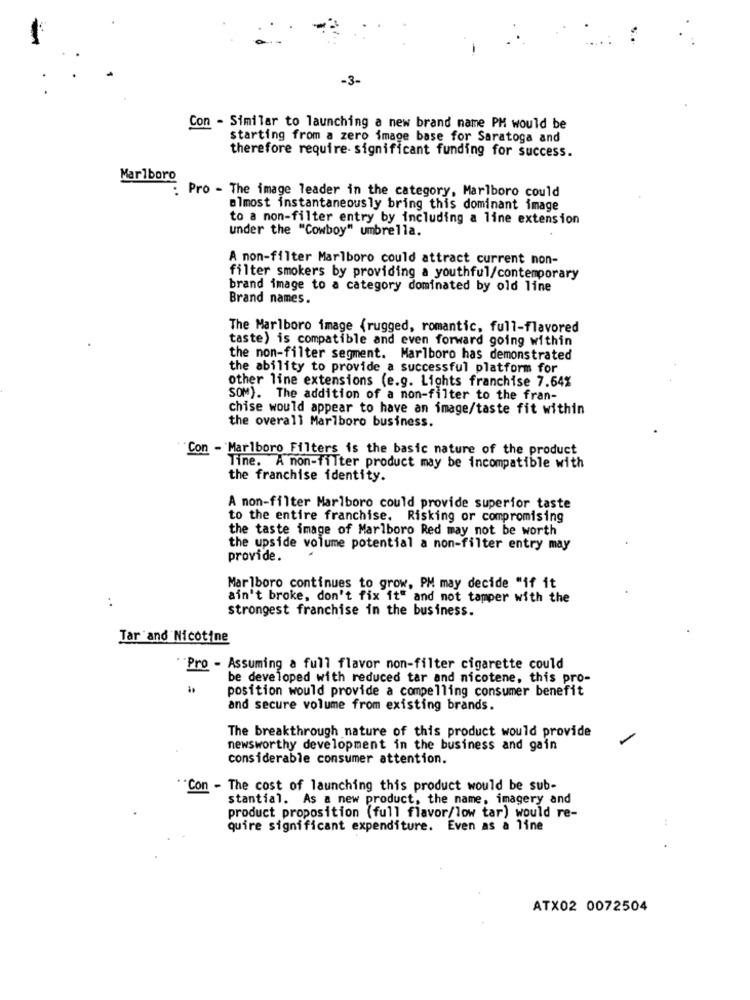
-3-
Con - Similar to launching a new brand name PM would be
starting from a zero image base for Saratoga and
therefore require- significant funding for success.
Marlboro
Pro - The image leader in the category, Marlboro could
almost instantaneously bring this dominant image
to a non-filter entry by including a line extension
under the "Cowboy" umbrella.
A non-filter Marlboro could attract current non-
filter smokers by providing a youthful/contemporary
brand image to a category dominated by old line
Brand names.
The Marlboro image (rugged, romantic, full-flavored
taste) is compatible and even forward going within
the non-filter segment. Marlboro has demonstrated
the ability to provide a successful platform for
other line extensions (e.g. Lights franchise 7.64%
SOM). The addition of a non-filter to the fran-
chise would appear to have an image/taste fit within
the overall Marlboro business.
Con - Marlboro Filters is the basic nature of the product
Time. A non-fiTter product may be incompatible with
the franchise identity.
A non-filter Marlboro could provide superior taste
to the entire franchise. Risking or compromising
the taste image of Marlboro Red may not be worth
the upside volume potential a non-filter entry may
provide.
Marlboro continues to grow, PM may decide "if it
:
ain't broke, don't fix it" and not tamper with the
strongest franchise in the business.
Tar and Nicotine
"Pro - Assuming a full flavor non-filter cigarette could
be developed with reduced tar and nicotene, this pro-
position would provide a compelling consumer benefit
and secure volume from existing brands.
The breakthrough nature of this product would provide
newsworthy development in the business and gain
considerable consumer attention.
"Con - The cost of launching this product would be sub-
stantial. As a new product, the name, imagery and
product proposition (full flavor/low tar) would re-
quire significant expenditure. Even as a line
ATX02 0072504